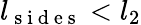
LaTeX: l_{\mathrm{~s~i~d~e~s~}}<l_{2}